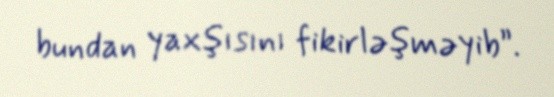
bundan yaxşısını fikirləşməyib”.